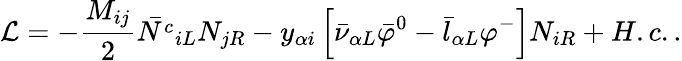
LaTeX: {\cal L}=-\frac{M_{ij}}{2}\bar{N^{c}}_{iL}N_{jR}-y_{\alpha i}\left[\bar{\nu}_{\alpha L}\bar{\varphi}^{0}-\bar{l}_{\alpha L}\varphi^{-}\right]N_{iR}+H.c..